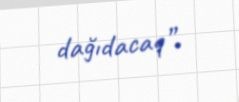
dağıdacaq”.